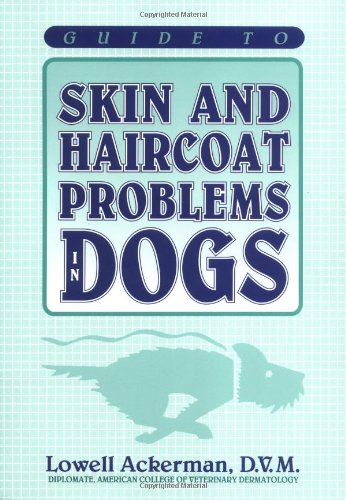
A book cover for Guide to Skin and Haircoat Problems in Dogs; Lowell Ackerman; Medical Books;